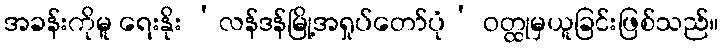
အခန်းကိုမူ ရေးနိုး ‘လန်ဒန်မြို့အရှုပ်တော်ပုံ’ ဝတ္ထုမှယူခြင်းဖြစ်သည်။